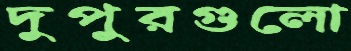
দুপুরগুলো